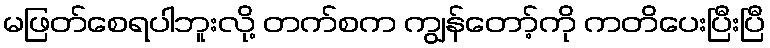
မဖြတ်စေရပါဘူးလို့ တက်စက ကျွန်တော့်ကို ကတိပေးပြီးပြီ